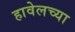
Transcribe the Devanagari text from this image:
हावेलच्या